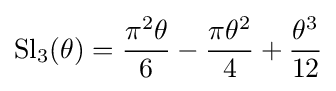
\operatorname {Sl} _{3}(\theta )={\frac {\pi ^{2}\theta }{6}}-{\frac {\pi \theta ^{2}}{4}}+{\frac {\theta ^{3}}{12}}